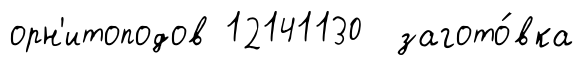
орн'итоподов 12141130 загото́вка